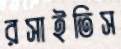
রসাইতিস